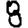
Digit: 8